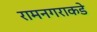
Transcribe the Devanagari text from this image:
रामनगराकडे